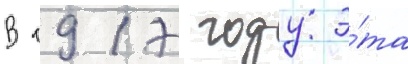
В 1917 году э́та